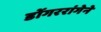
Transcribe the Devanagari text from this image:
डोंगररांगेने